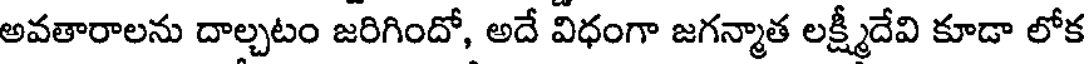
అవతారాలను దాల్చటం జరిగిందో, అదే విధంగా జగన్మాత లక్ష్మీదేవి కూడా లోక